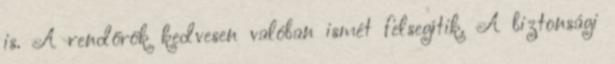
is. A rendőrök kedvesen valóban ismét felsegítik. A biztonsági